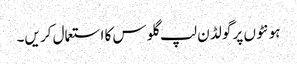
ہو نٹو ں پر گو لڈ ن لپ گلو س کا استعمال کر یں۔